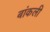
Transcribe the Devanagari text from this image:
बांकली